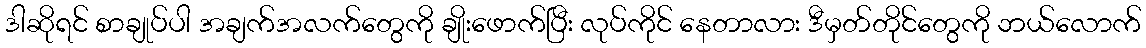
ဒါဆိုရင် စာချုပ်ပါ အချက်အလက်တွေကို ချိုးဖောက်ပြီး လုပ်ကိုင် နေတာလား ဒီမှတ်တိုင်တွေကို ဘယ်လောက်